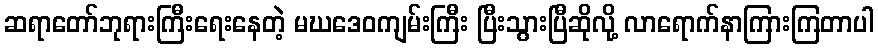
ဆရာတော်ဘုရားကြီးရေးနေတဲ့ မဃဒေဝကျမ်းကြီး ပြီးသွားပြီဆိုလို့ လာရောက်နာကြားကြတာပါ